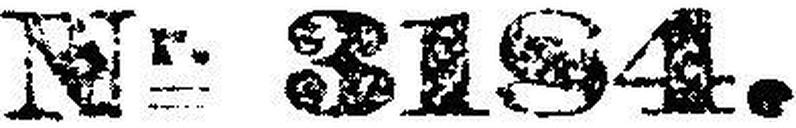
Nr. 3184.